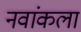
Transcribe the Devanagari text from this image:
नवांकला